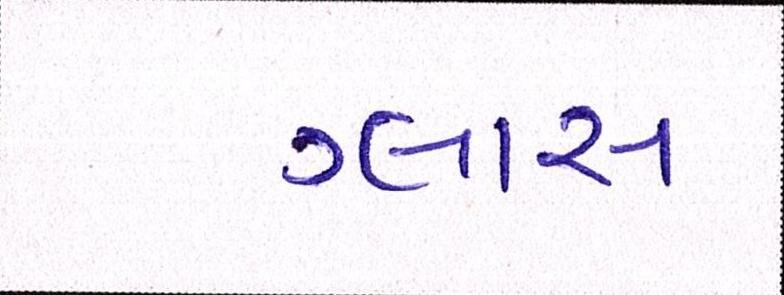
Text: ગ્લાસ